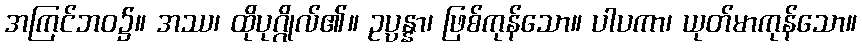
အကြင်ဘဝ၌။ အဿ၊ ထိုပုဂ္ဂိုလ်၏။ ဥပ္ပန္နာ၊ ဖြစ်ကုန်သော။ ပါပကာ၊ ယုတ်မာကုန်သော။